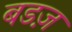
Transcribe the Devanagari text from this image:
बडज़